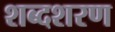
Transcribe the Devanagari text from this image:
शब्दशरण